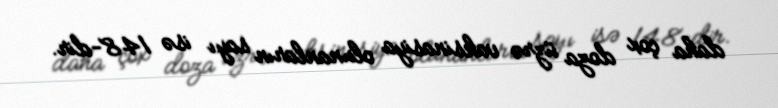
daha çox doza üzrə vaksinasiya olunanların sayı isə 148-dir.